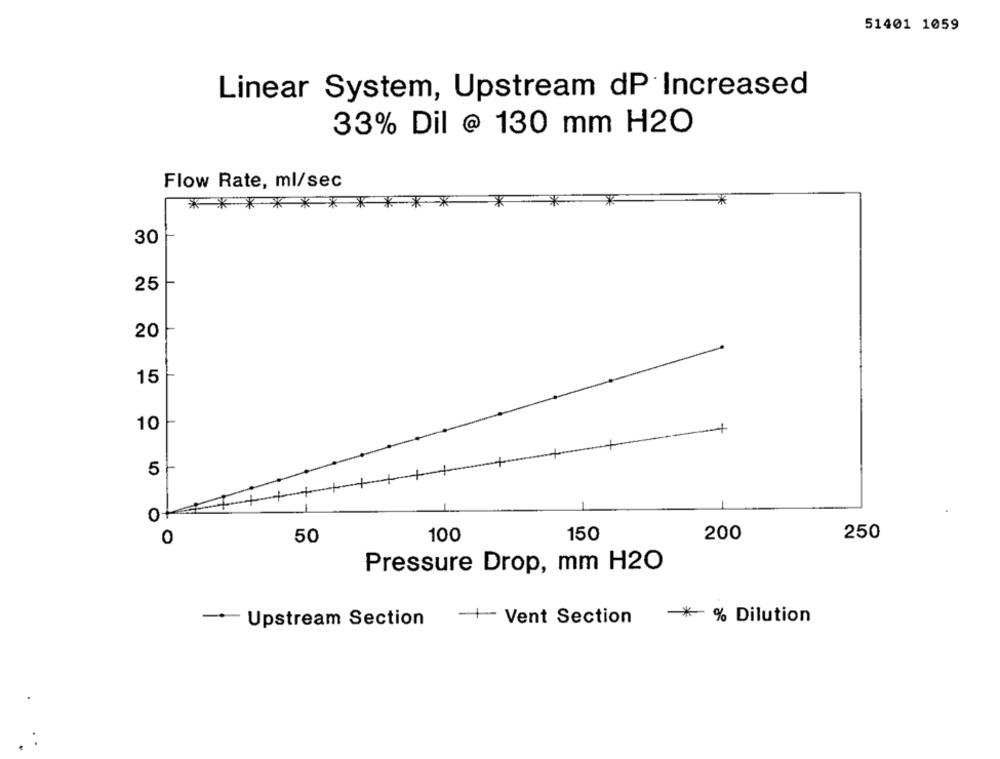
51401 1059
Linear System, Upstream dP Increased
33% Dil @ 130 mm H2O
Flow Rate, ml/sec
******
*
30
25
20
15
10
5
0+
0
50
100
150
200
250
Pressure Drop, mm H2O
-
Upstream Section
-- Vent Section
* % Dilution